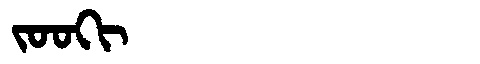
Manchu: ᠵᠣᠣᡴᡳ
Romanization: JOOKI